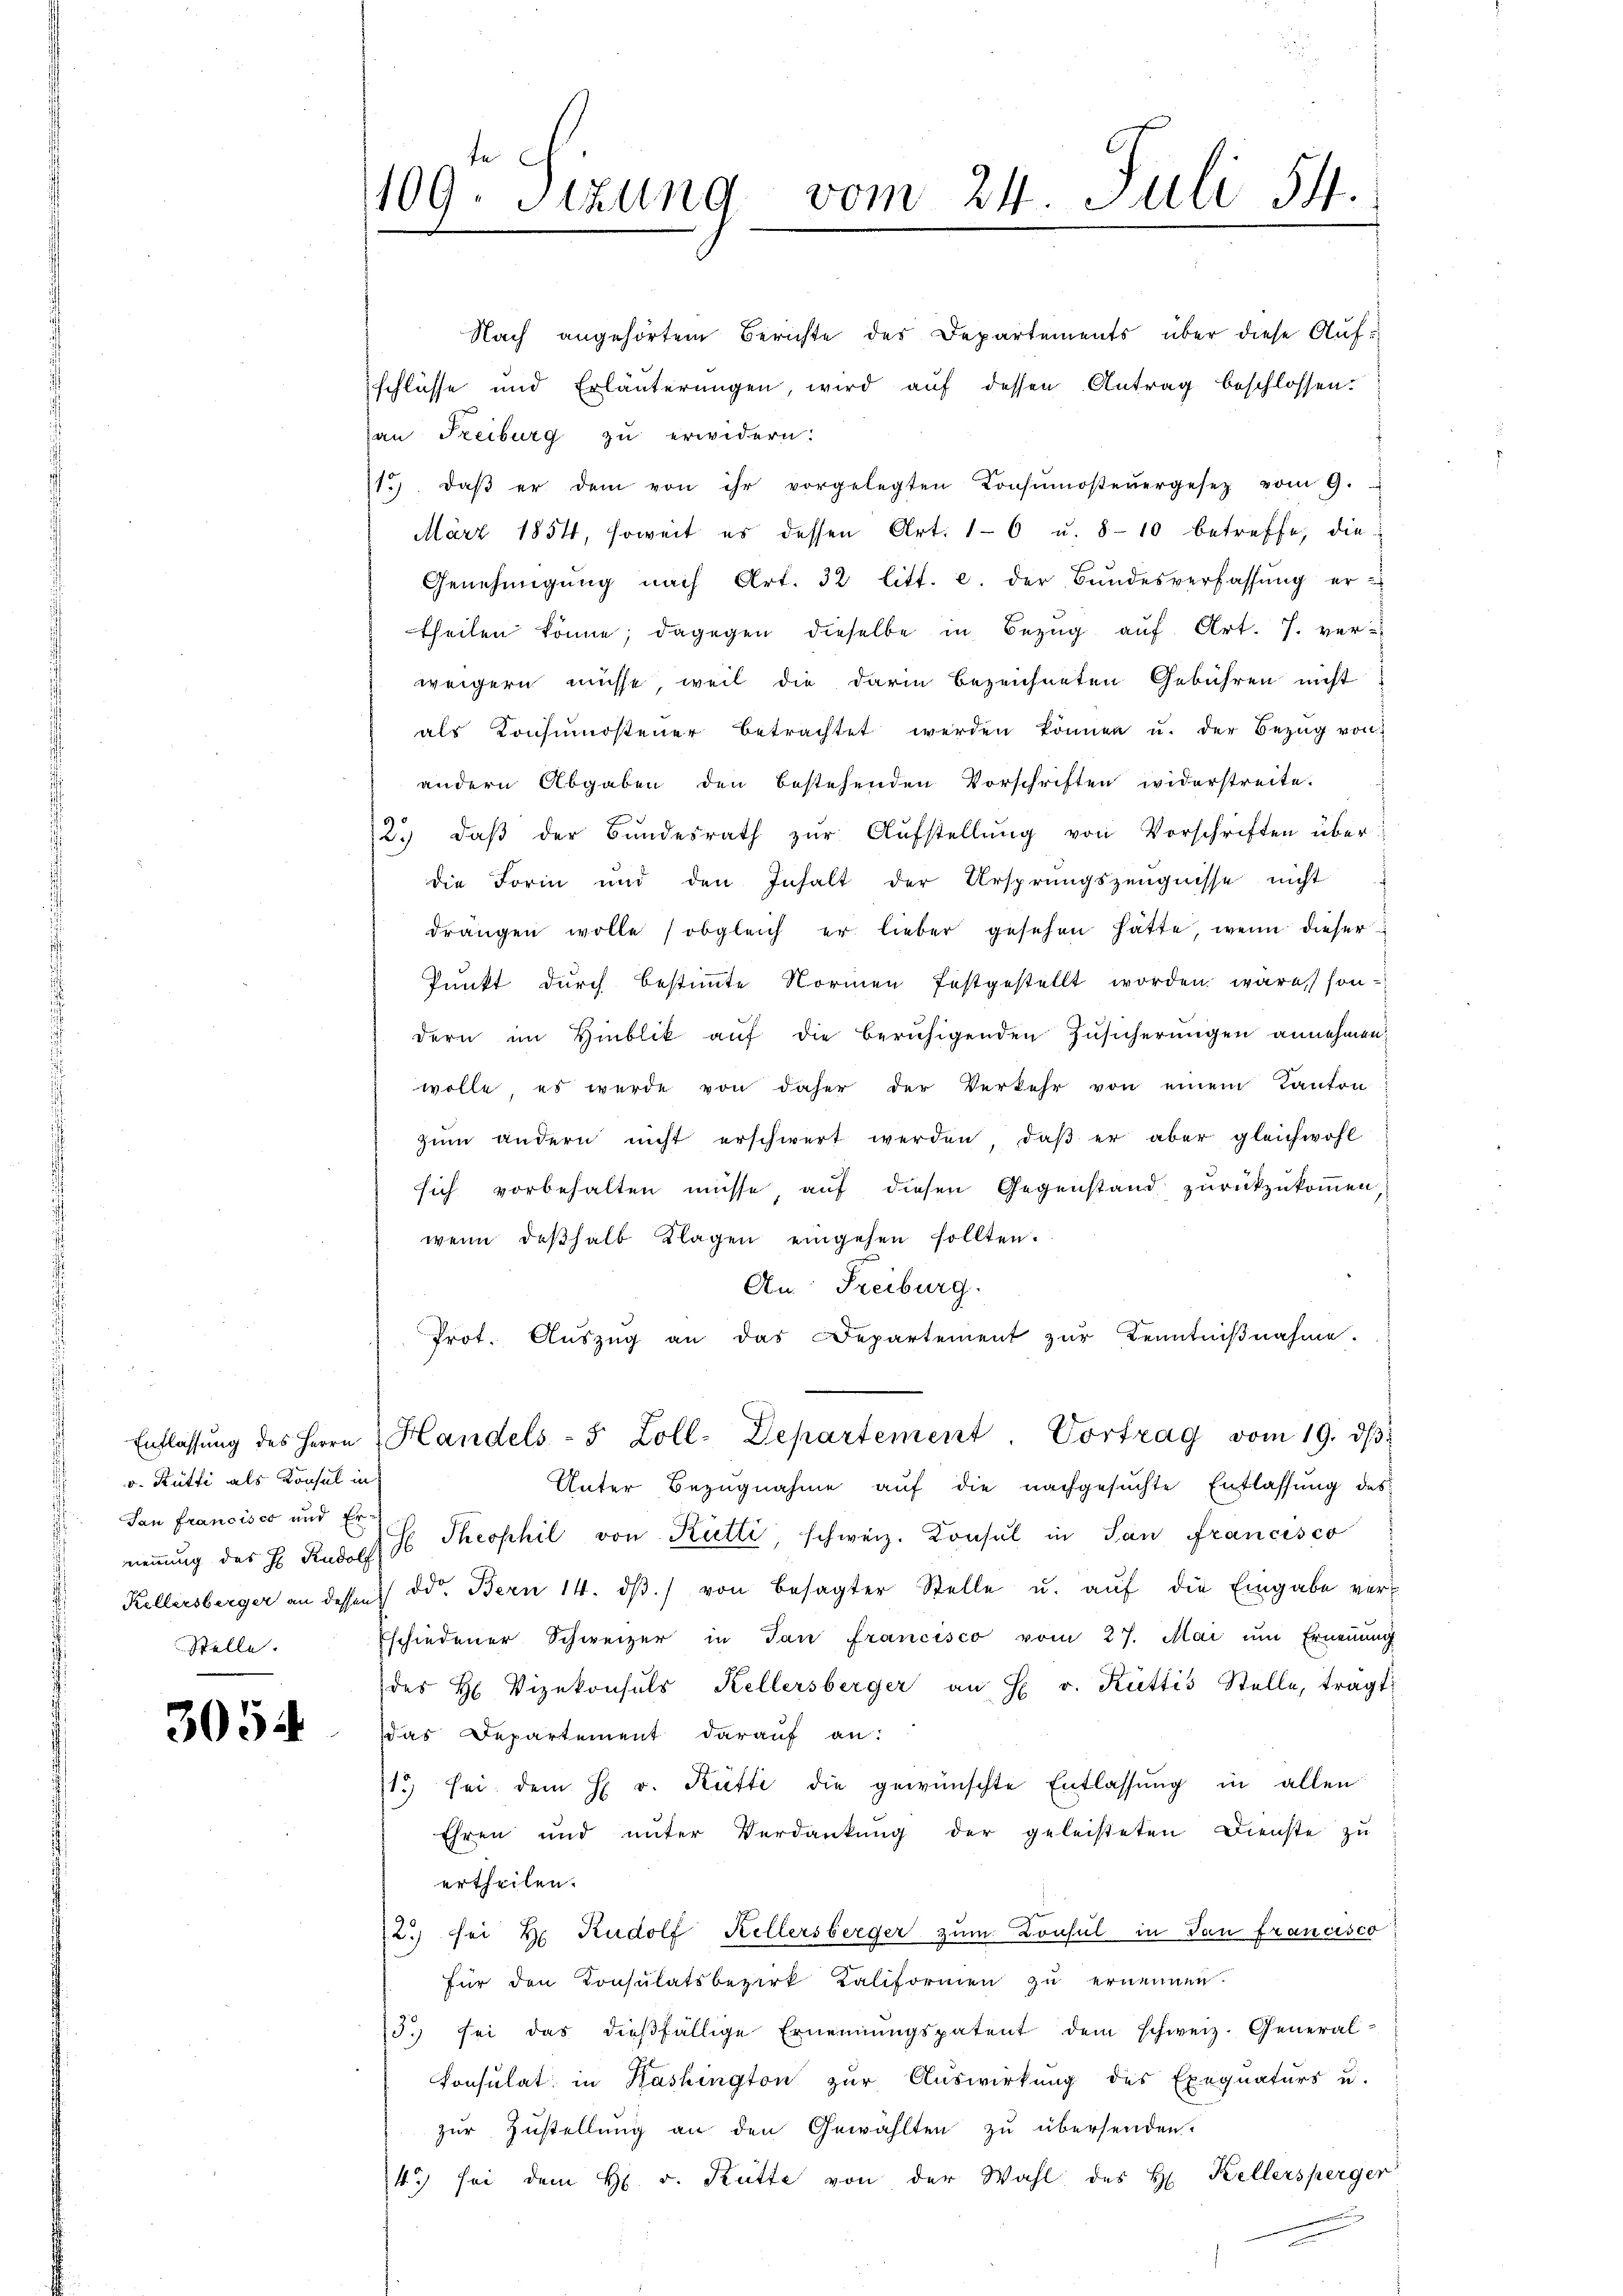
v. Rütti als Konsul in
Tan francisco und Er-
Stelle.

3054

109. Sezung vom 24. Juli 54.

Nach angehörtem Berichte des Departements über diese Aufschlüsse und Erläuterungen, wird auf dessen Antrag beschlossen.
an Freiburg zŭ erwidern:
1. daβ er dem von ihr vorgelegten Konsŭmosteŭergesetz vom 9.
März 1854, soweit es dessen Art. 16 u. 8-10 betreffe, die
Genehmigŭng nach Art. 32 litt. c. der Bŭndesverfassŭng er-
theilen könne; dagegen dieselbe in Bezug auf Art. 7. verweigern müsse, weil die darin bezeichneten Gebühren nicht
als Konsŭmosteŭer betrachtet werden können u. der Bezŭg von
andern Abgaben den bestehenden Vorschriften widerstreite.
2.) daβ der Bŭndesrath zŭr Aŭfstellŭng von Vorschriften über
die Form und den Inhalt der Ursprungszeugnisse nicht
drängen wolle (obgleich er lieber gesehen hätte, wenn dieser
Punkt durch bestimmte Normen festgestellt worden wäre, sondern im Hinblik auf die beruhigenden Zusicherungen annehmen:
wolle, es werde von daher der Verkehr von einem Kanton
zŭm andern nicht erschwert werden, daβ er aber gleichwohl
sich vorbehalten müsse, auf diesen Gegenstand zurückzukommen,
wenn deβhalb Klagen eingehen sollten.
An Freiburg.
Prot. Aŭszŭg an das Departement zŭr Kenntniβnahme.
Entlassŭng des Herrn Handels- 5 Zoll-Departement. Vortrag vom 19. dβ
Unter Bezugnahme auf die nachgesuchte Entlassung des
nennung des H. Rudolf 16 Theophil von Rütti, schweiz. Konsul in San Francisco
Kellersberger an dessen ddo. Bern 14. dβ von besagter Stelle u. aŭf die Eingabe ver¬
Eschiedener Schweizer in Tan francisco vom 27. Mai um Erneṅŭng
des H. Vizekonsuls Kellersberger an H. v. Rüttis Stelle, tragt:
das Departement darauf an:
13 sei dem H v. Rütti die gewünschte Entlassŭng in allen
Ehren und unter Verdankŭng der geleisteten Dienste zu
ertheilen.
72.) sei H. Rudolf Kellersberger zum Consul in Pau francisco
für den Consulatsbezirk Kaliformen zu ernennen.
13.) sei das dießfällige Ernennungspatent dem schweiz. General-
konsulat in Washington zur Auswirkung des Exequaturs u.
zur Zustellung an den Gewählten zu übersenden.
4) sei dem H. v. Kütte von der Wahl des H. Kellersperger